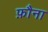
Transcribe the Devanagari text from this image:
फ़ौना